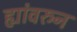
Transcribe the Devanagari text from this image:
ह्यांवरुन